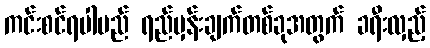
ကင်းစင်ရပါမည် ရည်မှန်းချက်တစ်ခုအတွက် ခရီးလှည့်